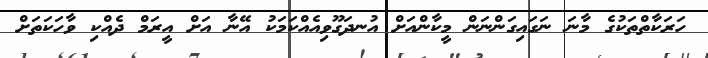
ހަރަކާތްތަކުގެ މާނަ ނަގައިގަންނަން މީކާންއަށް އުނދަގޫވިއެއްކަމަކު އޭނާ އަށް އީރަމް ދެއްކި ވާހަކަތަށް